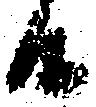
候